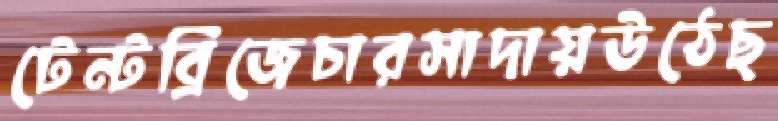
টেন্টব্রিজেচারসাদায়উঠেছ